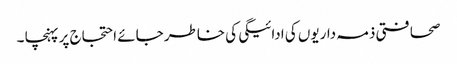
صحافتی ذمہ داریوں کی ادائیگی کی خاطر جائے احتجاج پر پہنچا ۔